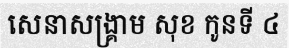
សេនាសង្គ្រាម សុខ កូនទី ៤